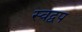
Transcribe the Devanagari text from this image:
स्वद्वप